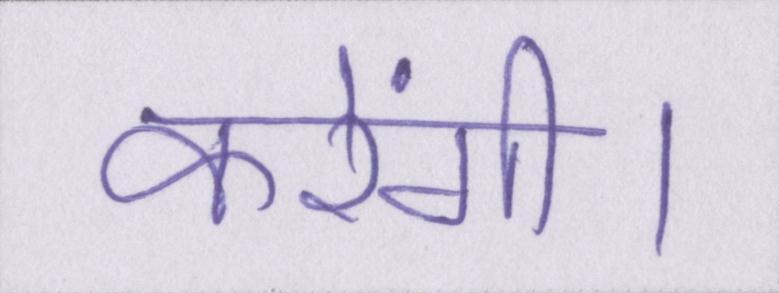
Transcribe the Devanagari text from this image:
करेंगी।